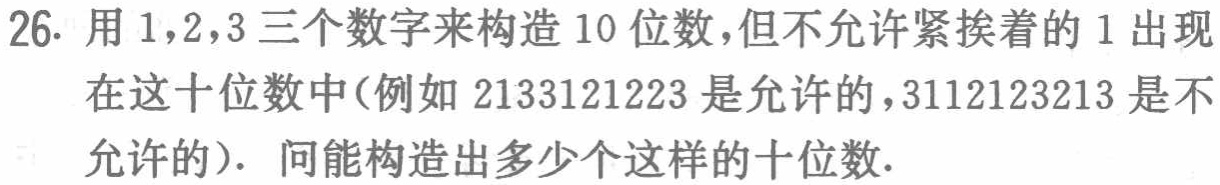
26. 用 1,2,3 三个数字来构造 10 位数,但不允许紧挨着的 1 出现在这十位数中(例如 2133121223 是允许的,3112123213 是不允许的). 问能构造出多少个这样的十位数.